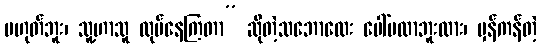
မဟုတ်ဘူး၊ သူ့ဟာသူ လုပ်နေကြတာ” ဆိုတဲ့သဘောလေး ပေါ်မလာဘူးလား၊ မှန်ကန်တဲ့